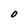
Character: O